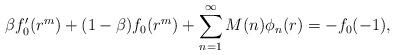
LaTeX: \begin{align*}\beta f'_{0}(r^m)+ (1-\beta)f_{0}(r^m) +\sum_{n=1}^{\infty} M(n) \phi_{n}(r) = -f_{0}(-1),\end{align*}